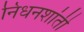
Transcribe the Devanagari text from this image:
निधनशांती